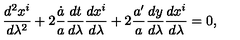
{ \frac { d ^ { 2 } x ^ { i } } { d \lambda ^ { 2 } } } + 2 { \frac { \dot { a } } { a } } { \frac { d t } { d \lambda } } { \frac { d x ^ { i } } { d \lambda } } + 2 { \frac { a ^ { \prime } } { a } } { \frac { d y } { d \lambda } } { \frac { d x ^ { i } } { d \lambda } } = 0 ,